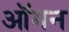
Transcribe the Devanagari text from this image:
ऑगन